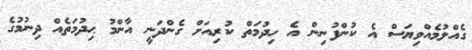
ގެއްލުމެއްވިޔަސް އެ ކުންފުނިން އެ ހިދުމަތް ކުރިއަށް ގެންދަނީ އާންމު ޙިދުމަތެއް ދިނުމުގެ